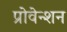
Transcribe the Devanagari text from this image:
प्रोवेन्शन